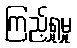
ကြည့်ရှုမှု